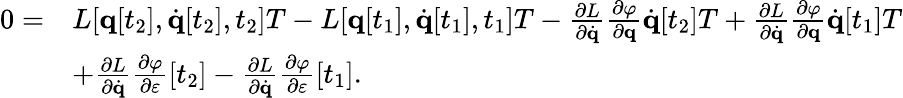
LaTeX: {\begin{array}{rl}{0=}&{L[\mathbf{q}[t_{2}],{\dot{\mathbf{q}}}[t_{2}],t_{2}]T-L[\mathbf{q}[t_{1}],{\dot{\mathbf{q}}}[t_{1}],t_{1}]T-{\frac{\partial L}{\partial{\dot{\mathbf{q}}}}}{\frac{\partial\varphi}{\partial\mathbf{q}}}{\dot{\mathbf{q}}}[t_{2}]T+{\frac{\partial L}{\partial{\dot{\mathbf{q}}}}}{\frac{\partial\varphi}{\partial\mathbf{q}}}{\dot{\mathbf{q}}}[t_{1}]T}\\ &{+{\frac{\partial L}{\partial{\dot{\mathbf{q}}}}}{\frac{\partial\varphi}{\partial\varepsilon}}[t_{2}]-{\frac{\partial L}{\partial{\dot{\mathbf{q}}}}}{\frac{\partial\varphi}{\partial\varepsilon}}[t_{1}].}\end{array}}